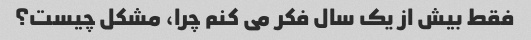
فقط بیش از یک سال فکر می کنم چرا، مشکل چیست؟